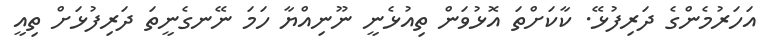
އަހަރުމެންގެ ދަރިފުޅޭ. ކާކަށްތަ އޮޅުވަން ތިއުޅެނީ ނޫނިއްޔާ ހަމަ ނޭނގެނީތަ ދަރިފުޅަށް ތިއީ